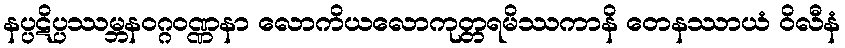
နပ္ပဋိပ္ပဿမ္ဘနဝဂ္ဂဝဏ္ဏနာ လောကိယလောကုတ္တရမိဿကာနိ တေနဿာယံ ဝိလီနံ